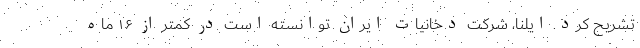
تشریح کرد. ایلنا، شرکت دخانیات ایران توانسته است در کمتر از ۱۶ ماه